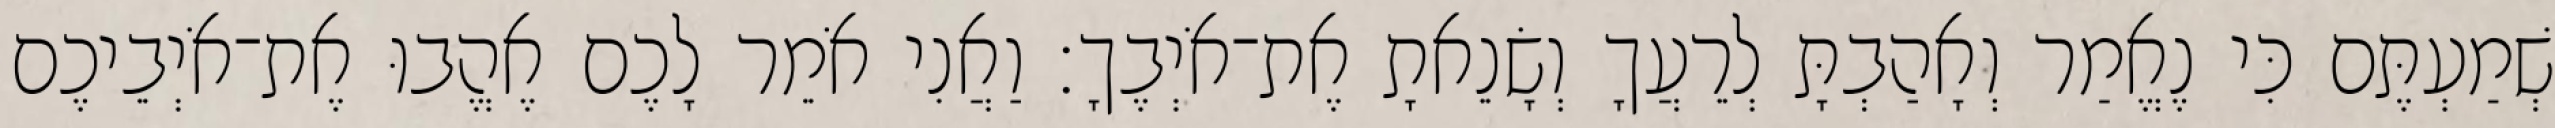
שְׁמַעְתֶּם כִּי נֶאֱמַר וְאָהַבְתָּ לְרֵעֲךָ וְשָׂנֵאתָ אֶת־אֹיְבֶךָ׃ וַאֲנִי אֹמֵר לָכֶם אֶהֱבוּ אֶת־אֹיְבֵיכֶם